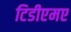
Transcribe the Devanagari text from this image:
टिडीएमए